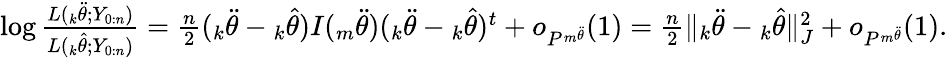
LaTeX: \begin{array}{r}{\log\frac{L({_k\ddot{\theta}};Y_{0:n})}{L({_k\hat{\theta}};Y_{0:n})}=\frac{n}{2}({_k\ddot{\theta}}-{_k\hat{\theta}})I({_m\ddot{\theta}})({_k\ddot{\theta}}-{_k\hat{\theta}})^{t}+o_{P^{_m\ddot{\theta}}}(1)=\frac{n}{2}\| {_k\ddot{\theta}}-{_k\hat{\theta}}\| _{J}^{2}+o_{P^{_m\ddot{\theta}}}(1).}\end{array}